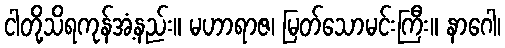
ငါတို့သိရကုန်အံ့နည်း။ မဟာရာဇ၊ မြတ်သောမင်းကြီး။ နာဂေါ၊